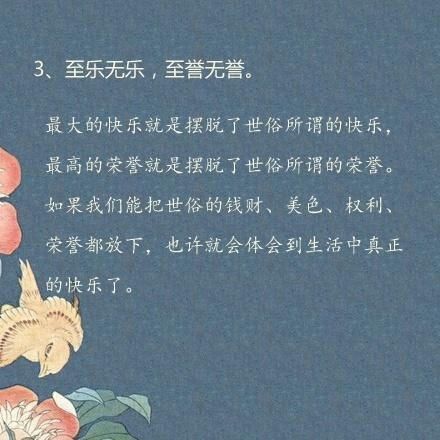
至乐无乐，至誉无誉。